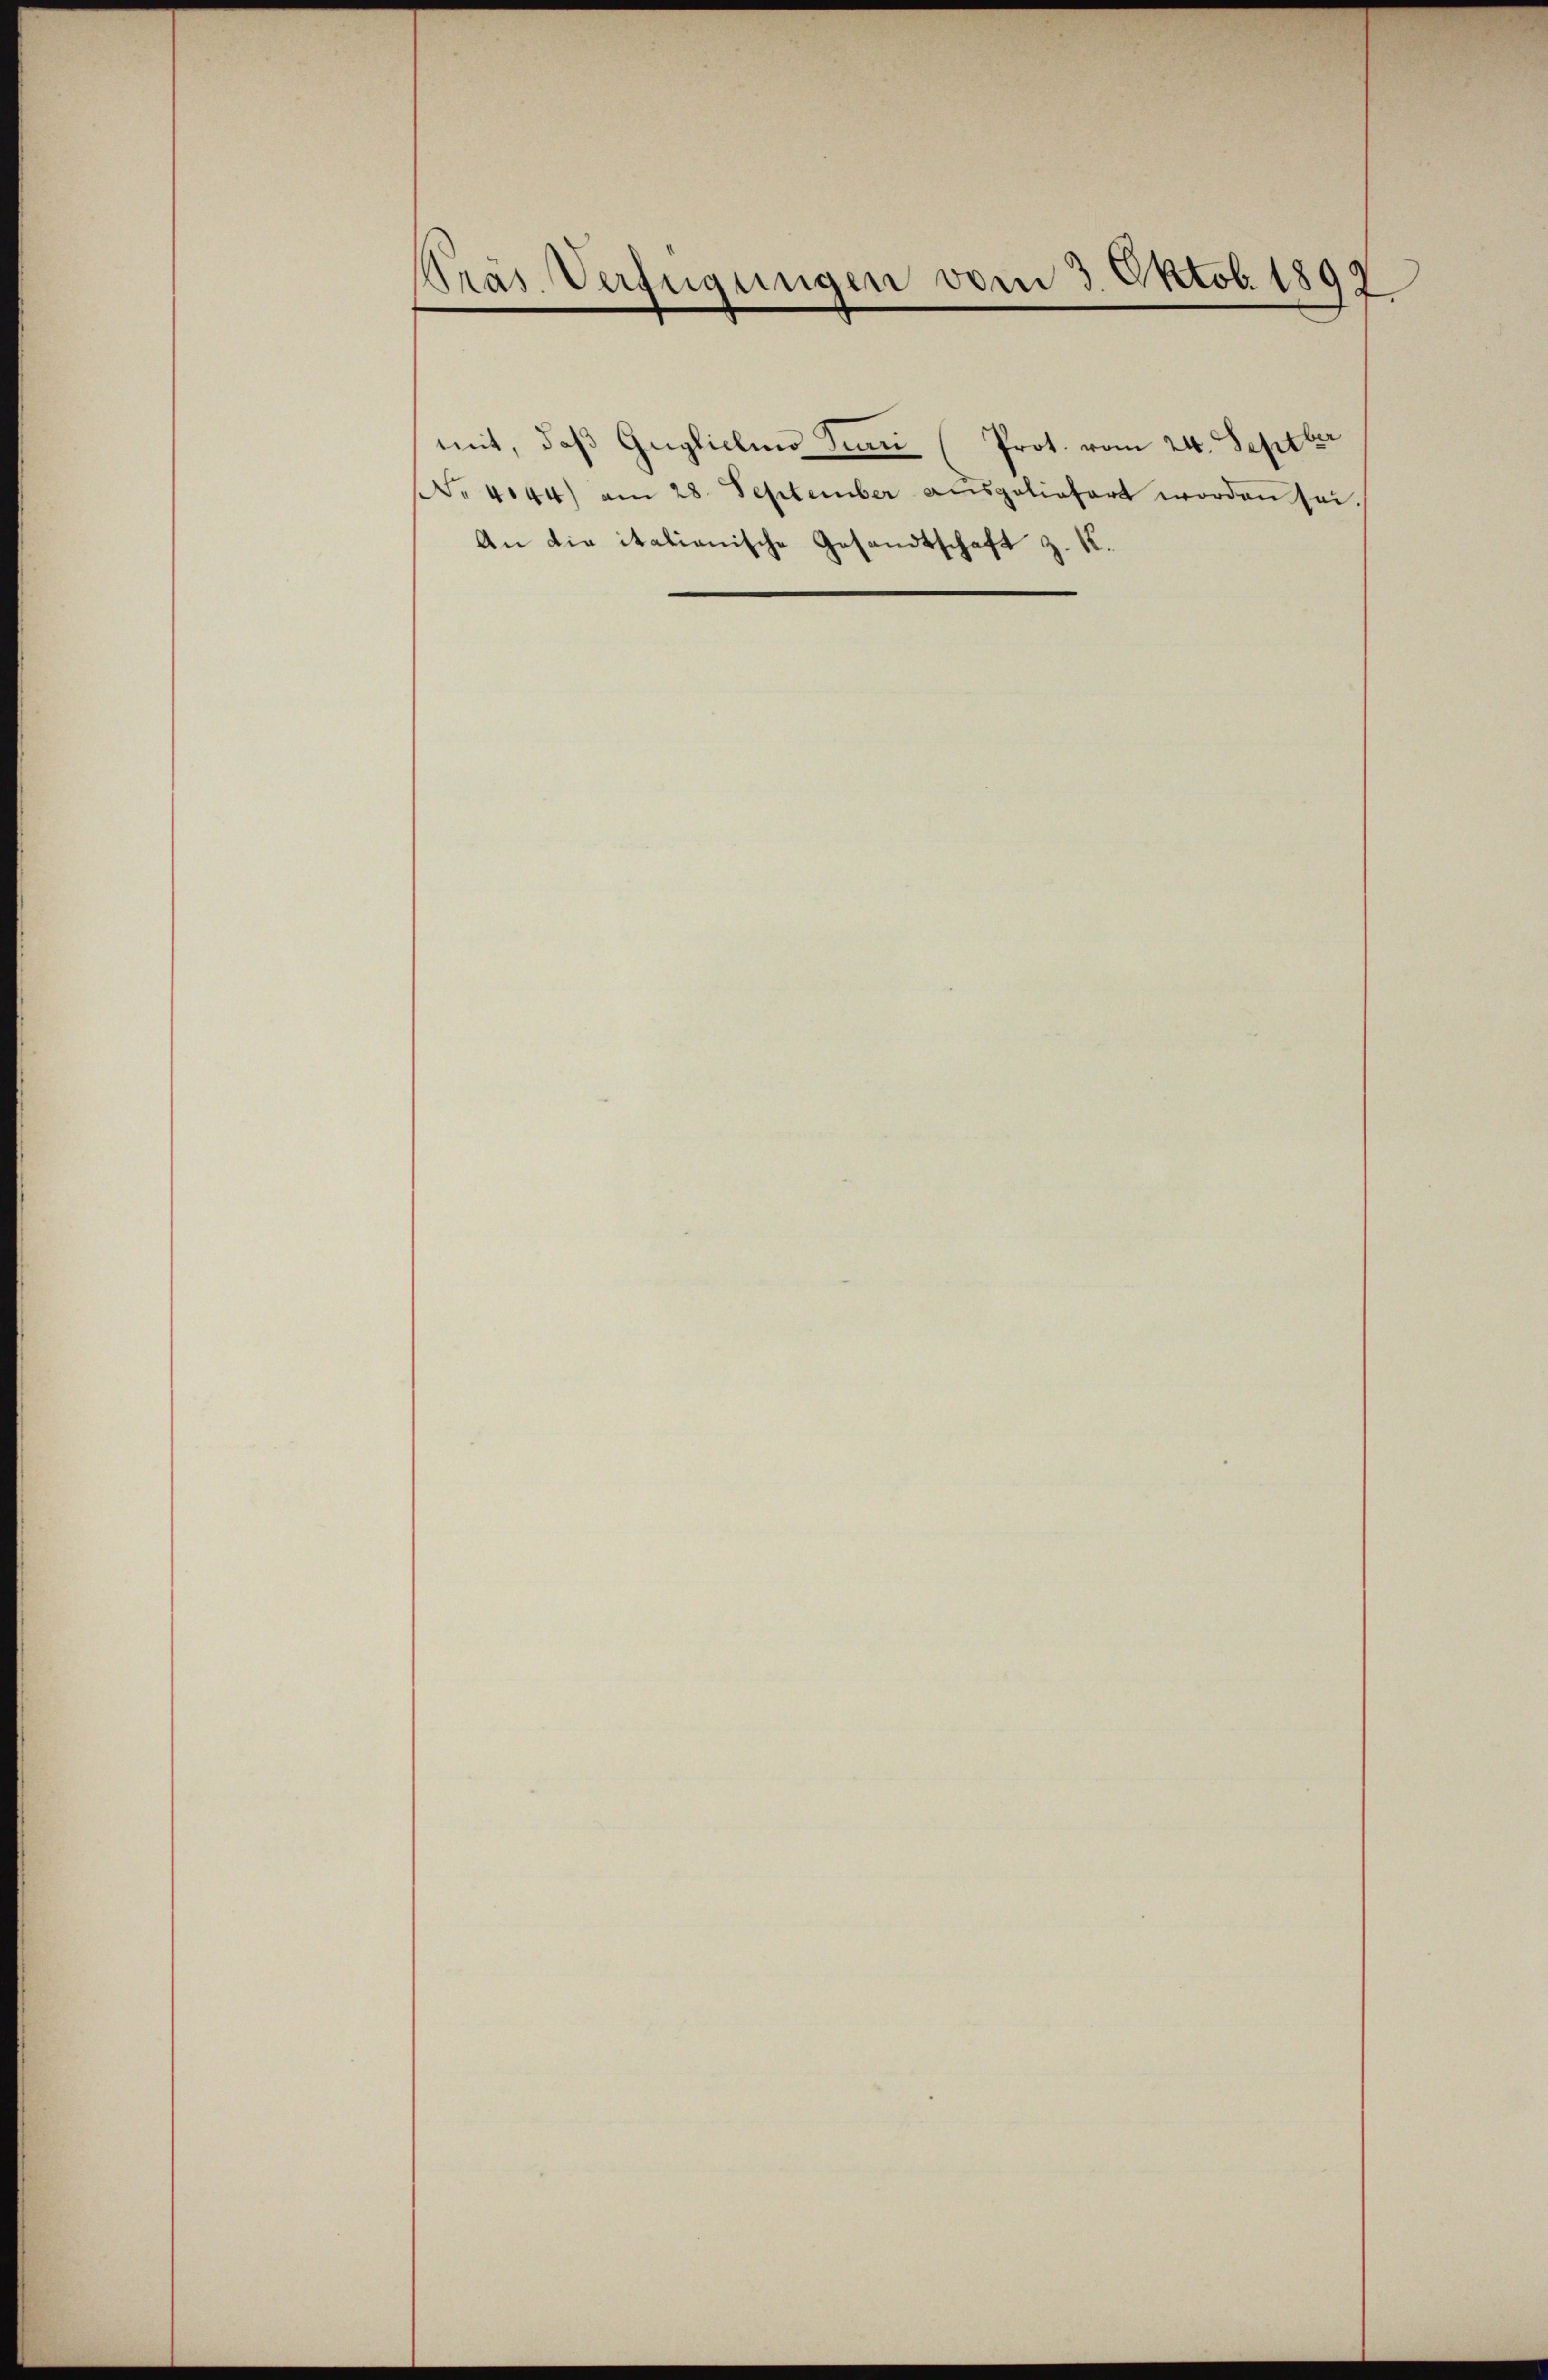
Kräs Verfügungen vom 3. Oktob. 1897

An die italienische Gesandtschaft z. K.

mit, daβ Guglichen Juni (Prot. vom 24. Septbr
. 444) am 28. September ausgeliefert worden sei